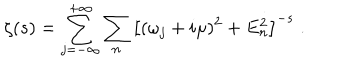
\zeta ( s ) = \sum _ { j = - \infty } ^ { + \infty } \sum _ { n } \left[ ( \omega _ { j } + i \mu ) ^ { 2 } + E _ { n } ^ { 2 } \right] ^ { - s } \; .